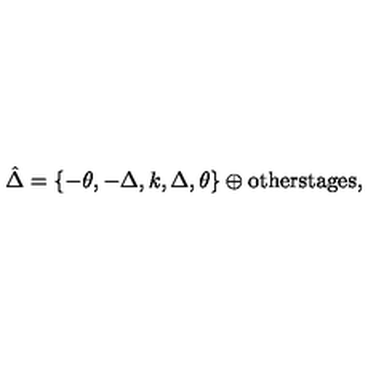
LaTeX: \hat { \Delta } = \left\{ - \theta , - \Delta , k , \Delta , \theta \right\} \oplus \mathrm { o t h e r s t a g e s } ,